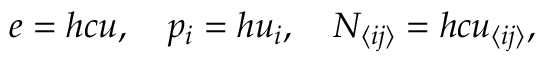
e = h c u , \quad p _ { i } = h u _ { i } , \quad N _ { \langle i j \rangle } = h c u _ { \langle i j \rangle } ,